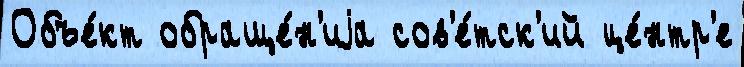
Объе́кт обраще́н'иjа сов'е́тск'ий це́нтр'е